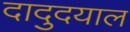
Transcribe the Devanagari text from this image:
दादुदयाल